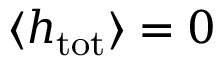
\langle h _ { \mathrm { t o t } } \rangle = 0